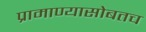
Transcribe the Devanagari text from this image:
प्रामाण्यासोबतच